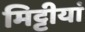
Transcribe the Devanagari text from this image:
मिट्टीयां